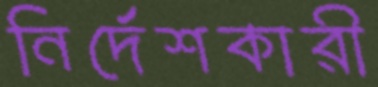
নির্দেশকারী